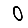
Digit: 0